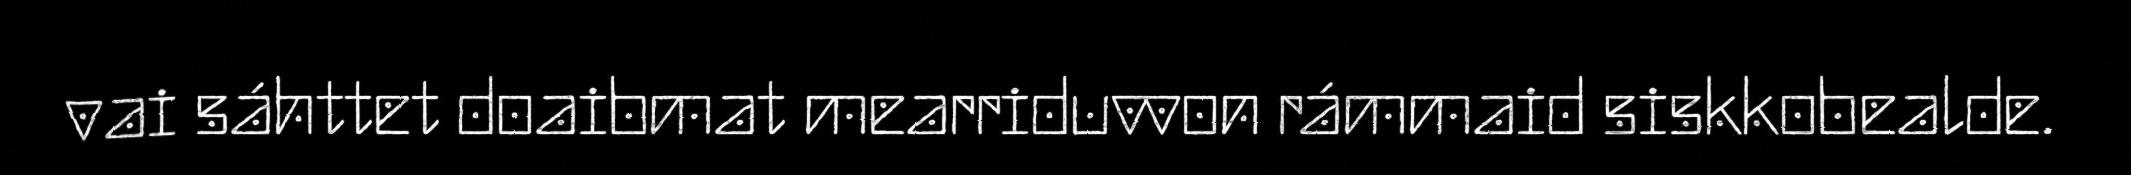
vai sáhttet doaibmat mearriduvvon rámmaid siskkobealde.